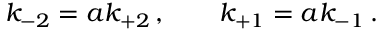
k _ { - 2 } = a k _ { + 2 } \, , \qquad k _ { + 1 } = a k _ { - 1 } \, .